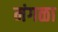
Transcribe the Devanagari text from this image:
मंगळा